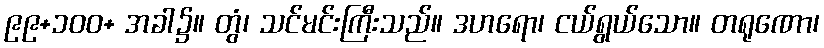
၉၉+၁၀၀+ အခါ၌။ တွံ၊ သင်မင်းကြီးသည်။ ဒဟရော၊ ငယ်ရွယ်သော။ တရုဏော၊